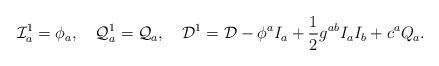
LaTeX: \begin{align*}{\cal I}^1_a= \phi_a ,\quad{\cal Q}^1_a={\cal Q}_a ,\quad {\cal D}^1 = {\cal D} -\phi^aI_a +\frac{1}{2}g^{ab}I_a I_b +c^aQ_a. \end{align*}